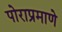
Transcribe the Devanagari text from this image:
पोराप्रमाणे